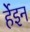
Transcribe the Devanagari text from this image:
र्हेइन